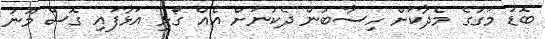
ބޮޑު މަގުގެ މެދާކަށް ހިސާބުން ދެކުނަށް އެއް ގޯޅި އަޅާފައި ގޮސް މޫނު